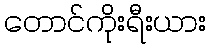
တောင်ကိုးရီးယား